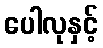
ပေါလုနှင့်